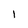
Character: I